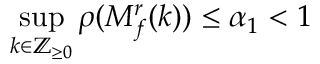
\operatorname* { s u p } _ { k \in \mathbb { Z } _ { \geq 0 } } \rho ( M _ { f } ^ { r } ( k ) ) \leq \alpha _ { 1 } < 1